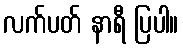
လက်ပတ် နာရီ ပြပါ။